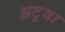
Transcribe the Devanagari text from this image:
अटूवा